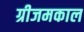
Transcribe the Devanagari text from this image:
ग्रीजमकाल